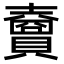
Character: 𧸇